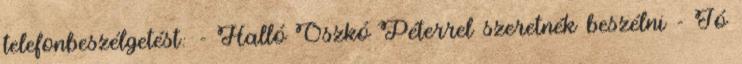
telefonbeszélgetést: - Halló Oszkó Péterrel szeretnék beszélni - Jó